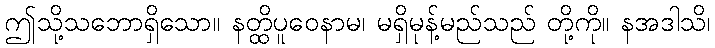
ဤသို့သဘောရှိသော။ နတ္ထိပူဝေနာမ၊ မရှိမုန့်မည်သည် တို့ကို။ နအဒါသိ၊